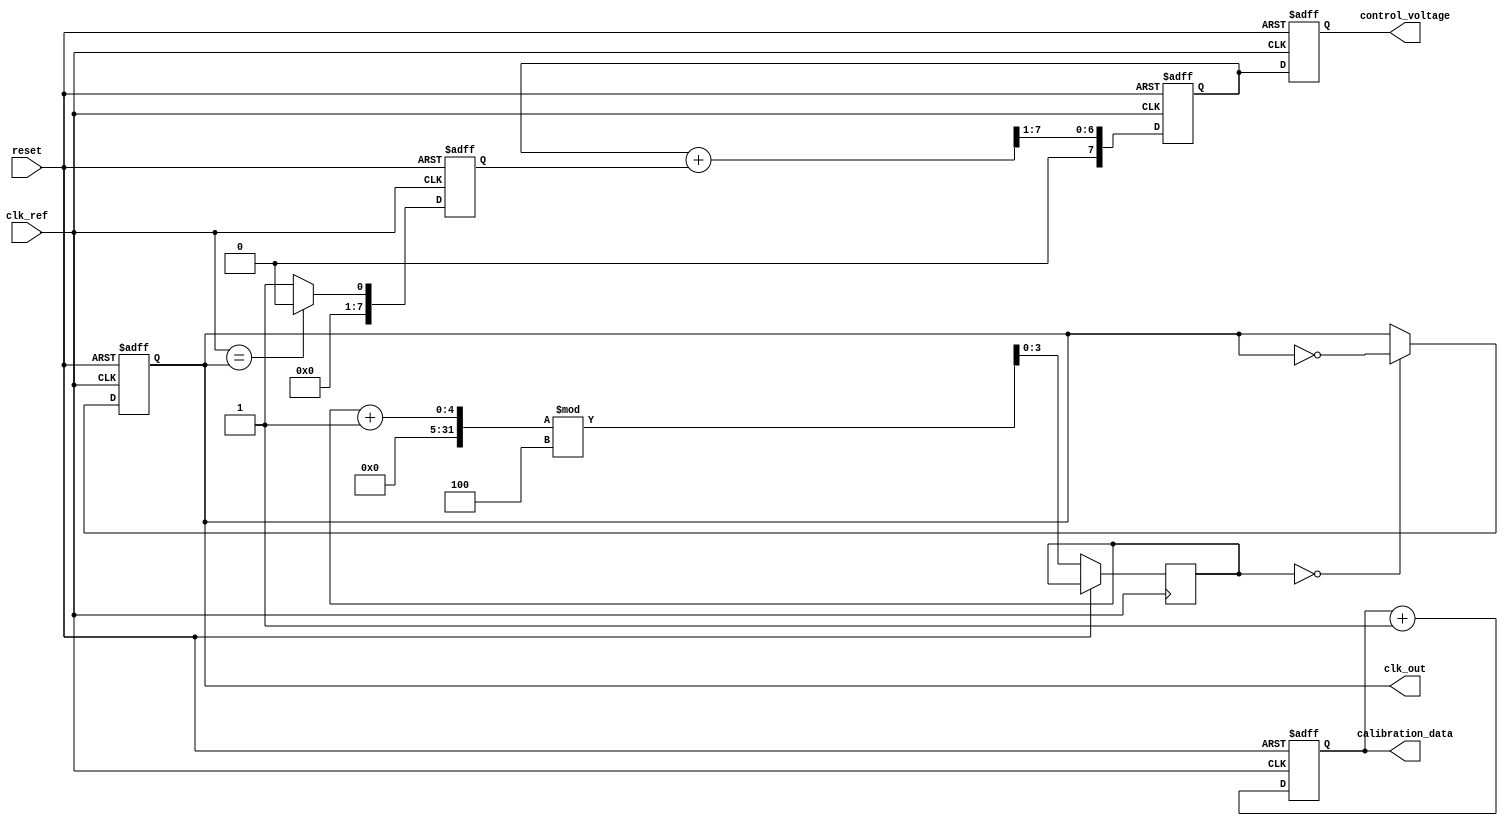
module pll (
    input wire clk_ref,          // Reference clock input
    input wire reset,            // Reset signal
    output reg clk_out,          // Output clock
    output reg [7:0] control_voltage, // Control voltage output
    output reg [7:0] calibration_data // Calibration data storage
);

    // Parameters for the PLL
    parameter PHASE_DETECTOR_TYPE = 1; // 1 for type-1, 2 for type-2
    parameter DIVIDER_VALUE = 4;        // Frequency divider value

    // Internal signals
    reg [7:0] phase_error;              // Phase error signal
    reg [7:0] loop_filter_output;       // Output of the loop filter
    reg [7:0] vco_frequency;            // VCO frequency control
    reg [3:0] divider_counter;          // Divider counter

    // Phase Detector
    always @(posedge clk_ref or posedge reset) begin
        if (reset) begin
            phase_error <= 8'b0;
        end else begin
            // Simple phase detection logic (for illustration)
            // This should be replaced with actual phase detection logic
            phase_error <= (clk_ref == clk_out) ? 8'b0 : 8'b1; // Example phase error
        end
    end

    // Loop Filter (Simple Low-Pass Filter)
    always @(posedge clk_ref or posedge reset) begin
        if (reset) begin
            loop_filter_output <= 8'b0;
        end else begin
            // Simple first-order low-pass filter
            loop_filter_output <= (loop_filter_output + phase_error) >> 1; // Averaging
        end
    end

    // Voltage-Controlled Oscillator (VCO)
    always @(posedge clk_ref or posedge reset) begin
        if (reset) begin
            vco_frequency <= 8'b0;
            clk_out <= 1'b0;
        end else begin
            vco_frequency <= loop_filter_output; // Control frequency with loop filter output
            // Generate output clock based on VCO frequency
            clk_out <= (divider_counter == 0) ? ~clk_out : clk_out;
            divider_counter <= (divider_counter + 1) % DIVIDER_VALUE; // Frequency division
        end
    end

    // Control Logic
    always @(posedge clk_ref or posedge reset) begin
        if (reset) begin
            control_voltage <= 8'b0;
            calibration_data <= 8'b0; // Initialize calibration data
        end else begin
            control_voltage <= loop_filter_output; // Output control voltage
            // Example calibration data update logic
            calibration_data <= calibration_data + 1; // Increment calibration data for illustration
        end
    end

endmodule